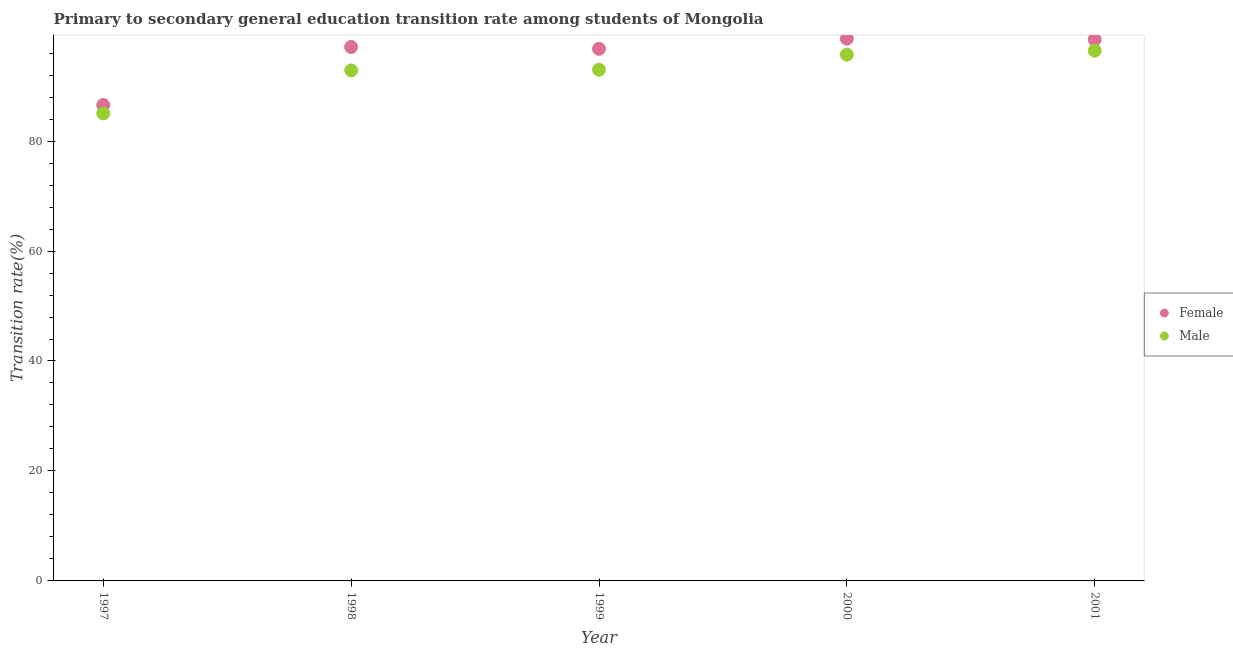
| Year | Female | Male |
 | --- | --- | --- |
 | 1997 | 86.6 | 85 |
 | 1998 | 97.1 | 92.9 |
 | 1999 | 96.8 | 93 |
 | 2000 | 98.6 | 95.7 |
 | 2001 | 98.5 | 96.4 |